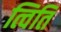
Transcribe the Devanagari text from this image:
त्विति